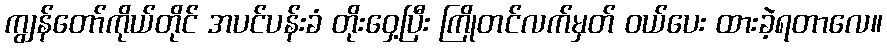
ကျွန်တော်ကိုယ်တိုင် အပင်ပန်းခံ တိုးဝှေ့ပြီး ကြိုတင်လက်မှတ် ဝယ်ပေး ထားခဲ့ရတာလေ။